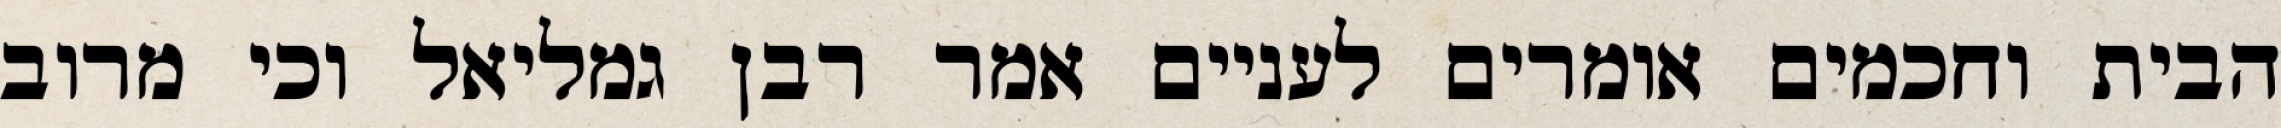
הבית וחכמים אומרים לעניים אמר רבן גמליאל וכי מרוב